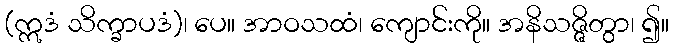
(ဣဒံ သိက္ခာပဒံ)၊ ပေ။ အာဝသထံ၊ ကျောင်းကို။ အနိသဇ္ဇိတွာ၊ ၍။